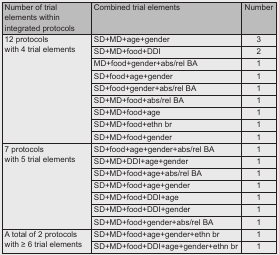
<table><thead><tr><td><b>Number of trial elements within integrated protocols</b></td><td><b>Combined trial elements</b></td><td><b>Number</b></td></tr></thead><tbody><tr><td rowspan="9">12 protocols with 4 trial elements</td><td>SD+MD+age+gender</td><td>3</td></tr><tr><td>SD+MD+food+DDI</td><td>2</td></tr><tr><td>MD+food+gender+abs/rel BA</td><td>1</td></tr><tr><td>SD+food+age+gender</td><td>1</td></tr><tr><td>SD+food+gender+abs/rel BA</td><td>1</td></tr><tr><td>SD+MD+food+abs/rel BA</td><td>1</td></tr><tr><td>SD+MD+food+age</td><td>1</td></tr><tr><td>SD+MD+food+ethn br</td><td>1</td></tr><tr><td>SD+MD+food+gender</td><td>1</td></tr><tr><td rowspan="7">7 protocols with 5 trial elements</td><td>SD+food+age+gender+abs/rel BA</td><td>1</td></tr><tr><td>SD+MD+DDI+age+gender</td><td>1</td></tr><tr><td>SD+MD+food+age+abs/rel BA</td><td>1</td></tr><tr><td>SD+MD+food+age+gender</td><td>1</td></tr><tr><td>SD+MD+food+DDI+age</td><td>1</td></tr><tr><td>SD+MD+food+DDI+gender</td><td>1</td></tr><tr><td>SD+MD+food+gender+abs/rel BA</td><td>1</td></tr><tr><td rowspan="2">A total of 2 protocols with ≥ 6 trial elements</td><td>SD+MD+food+age+gender+ethn br</td><td>1</td></tr><tr><td>SD+MD+food+DDI+age+gender+ethn br</td><td>1</td></tr></tbody></table>